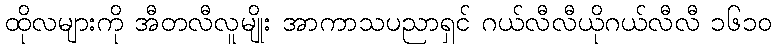
ထိုလများကို အီတလီလူမျိုး အာကာသပညာရှင် ဂယ်လီလီယိုဂယ်လီလီ ၁၆၁၀